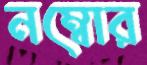
নম্বোর